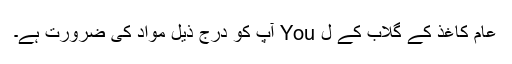
عام کاغذ کے گلاب کے ل You آپ کو درج ذیل مواد کی ضرورت ہے۔